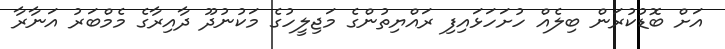
އަށް ބޮޑުކުރަން ބިލެއް ހުށަހަޅައިފި ރައްޔިތުންގެ މަޖިލީހުގެ މަކުނުދޫ ދާއިރާގެ މެމްބަރު އަނާރާ